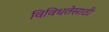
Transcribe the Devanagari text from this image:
विविधतेसाठी